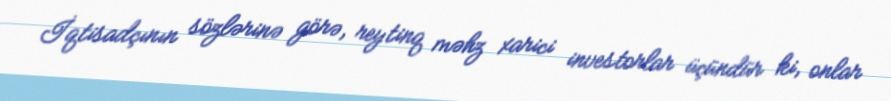
İqtisadçının sözlərinə görə, reytinq məhz xarici investorlar üçündür ki, onlar